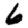
Digit: 6